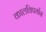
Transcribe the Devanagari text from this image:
कालविपर्यास